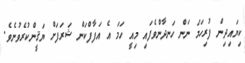
ކިޔައިދިން ފުރިހަމަ ނަން ހަނދާންވެފައި މިއީ ހަމަ އެ އަފާފްކަން ޝަރަފަށް ޔަޤީންކުރެވުނެވެ.